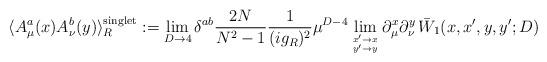
LaTeX: \begin{align*}\langle A^a_\mu(x) A^b_\nu(y) \rangle_R^{\mbox{\scriptsize singlet}} := \lim_{D\to 4} \delta^{ab} {2N\over N^2 -1} {1\over (ig_R)^2} \mu^{D-4}\lim_{x'\to x \atop y'\to y}\partial_\mu^x \partial_\nu^y \,\bar W_1(x,x',y,y';D) \end{align*}